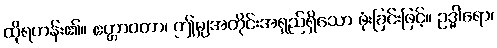
ထိုရဟန်း၏။ ဧတ္တာဝတာ၊ ဤမျှအတိုင်းအရှည်ရှိသော ဖုံးခြင်းဖြင့်။ ဥဒ္ဓါရော၊